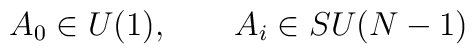
A_{0}\in U(1),\qquad A_{i}\in SU(N-1)